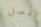
لفصل